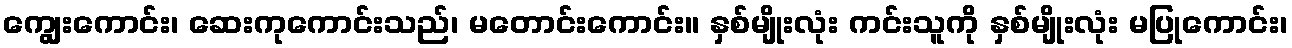
ကျွေးကောင်း၊ ဆေးကုကောင်းသည်၊ မတောင်းကောင်း။ နှစ်မျိုးလုံး ကင်းသူကို နှစ်မျိုးလုံး မပြုကောင်း၊